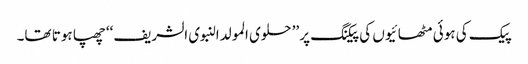
پیک کی ہوئی مٹھائیوں کی پیکنگ پر ’’حلوی المولدالنبوی الشریف‘‘ چھپا ہوتا تھا۔